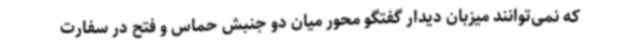
که نمی‌توانند میزبان دیدار گفتگو محور میان دو جنبش حماس و فتح در سفارت